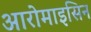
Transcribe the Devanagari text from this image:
आरोमाइसिन